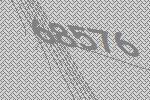
68576